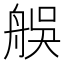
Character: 𦨼